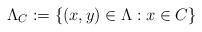
LaTeX: \begin{align*} \Lambda_C:=\{(x,y) \in \Lambda : x \in C\}\end{align*}